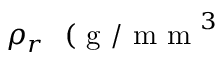
\rho _ { r } ~ \mathrm { ~ ( ~ g ~ / ~ m ~ m ~ } ^ { 3 }